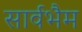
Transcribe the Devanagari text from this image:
सार्वभैम